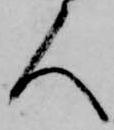
人